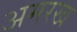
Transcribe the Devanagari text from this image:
अमरख